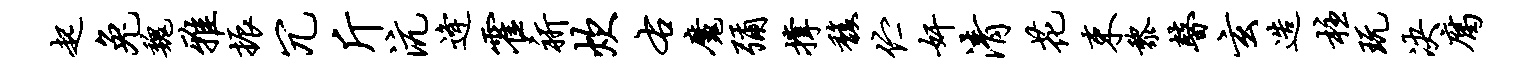
起兔魏雅振冗斤沆逄霍祈炊右魔弥撑馥伫奸清花束黎瞽玄造柱玩决腐